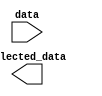
module part_select_assignment #(parameter N = 16, // Total bits in input data
                                parameter M = 7,  // Starting bit position for selection
                                parameter P = 8,  // Number of bits to select
                                parameter N = 0)  // Ending bit position for selection
(
    input  [N-1:0] data,            // Input signal
    output [P-1:0] selected_data     // Output signal for selected bits
);

// Continuous assignment of selected bits from input data to output signal
assign selected_data = data[M:N];

endmodule